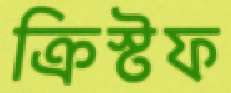
ক্রিস্টফ